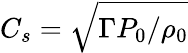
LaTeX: C_{s}=\sqrt{\Gamma P_{0}/\rho_{0}}